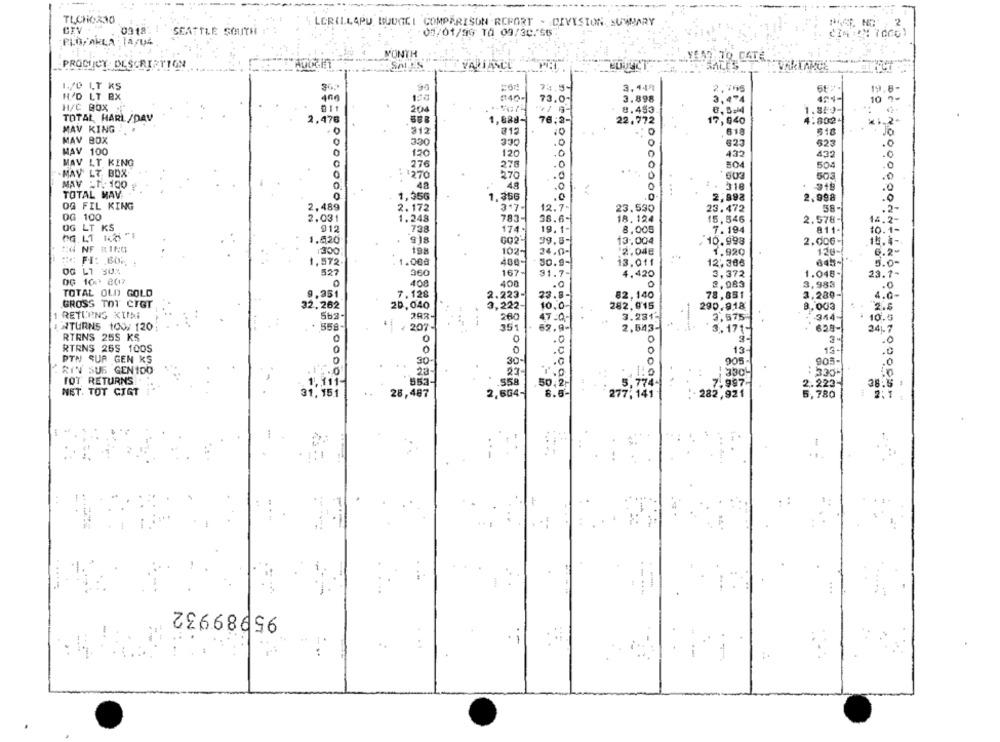
--
TLCHO230
4. LGRILLAPU BUDGET COMPARISON REPORT . DIVISION SUMMARY
2
0318.
SEATTLE SOUTH
01/01/5G TŐ 09/30/56
PLO, Akta : 14/04
MONTH
PRONICY DESCRIPTION
SALES
VALIANCE
SALES
1./0 LT KS
30.
3.449
2.795
19.6-
H/D LT BX
#40-
73.0
3.898
3,474
454-
10 2-
H/C BOX :
011
204
8.453
1.859-
TOTAL HARL/DAV
1,888-
76.3-
22.772
4.8024
17,040
.2
MAV KING
312
312
618
518
MAV BOX
330
330
$23
523
MAY 100
120
120
432
432
MAV LT KING
275
.0
504
276
504
MAV LT BOX
1270
270
.0
603
503
MAV -1. 100
49
.0
318
TOTAL HAV
.48
...
0
1,35G
.356
2,998
2.998
.0
OG FIL KING
2,489
2.172
3.7-
12.7-
23.590
23.472
58-
.2-
DG 100
2,031
1.248
783-
38.6-
18.124
15, 546
2.578-
14.2-
OG LT KS
912
738
174.
19.1-
8,005
7.194
811-
10.1-
1.520
918
602-
39.8-
13.004
10.998
2.006-
14.4-
"N NF RINO
1300
102-
24,0-
12.048
1.920
6.2-
1,572
1.000
480-
30.9-
13.011
12,306
645-
5.0-
OG L1 302
527
360
167
31.7-
4.420
3,372
1.048-
23.1-
DG 100 2017
400
400
3,983
.Q
2.983
.0
TOTAL OLD GOLD
9.351
7,128
2.223-
23.8-
82.140
78,851
3,280-
4.0-
GROSS TOT CIGT
32.262
20,040
....
3,222-
10.0-
282.915
-895
290.9.18
8,003
2.8
RETURNS KIMI
280
470 ,-
.
3.281-
---
3,575-
344-
10.5
NTURNS 100/ 120
558-
/207-
351
. 62.9-
2,543-
659-
3.171-
24.7
RTRNS 25S KS
0
.0
3.
.0
RTRNS 255 100S
13
12-
.C
.0
PTN SUR GEN KS
30
30-
905-
905-
.0
RIN SUS GEN100
23-
1:0
. 330-
$335+
TOT RETURNS
1.111-
.558
50.2.
5,7744
7.997
2.223-
38.5 1
NET. TOT CIGT
31, 151
28,487
2,664-
8.6-
277,141
5,780
2: 1
282,921
95989932